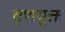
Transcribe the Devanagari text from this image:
वृणयुक्त